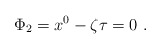
\begin{align*}\Phi _{2}=x^{0}-\zeta \tau =0~. \end{align*}